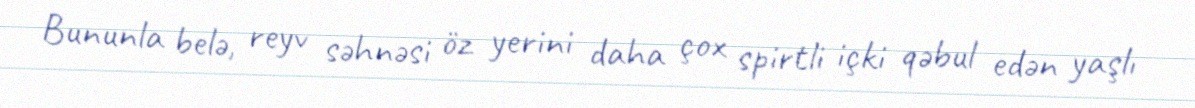
Bununla belə, reyv səhnəsi öz yerini daha çox spirtli içki qəbul edən yaşlı